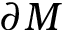
\partial M